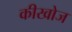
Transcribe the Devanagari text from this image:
कीखोज